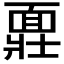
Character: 𩈪